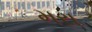
મરા